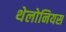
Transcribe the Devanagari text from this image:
थेलोनियस